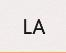
LA